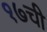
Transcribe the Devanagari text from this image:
१७ची